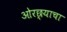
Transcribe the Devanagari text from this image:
ओरछ्याचा